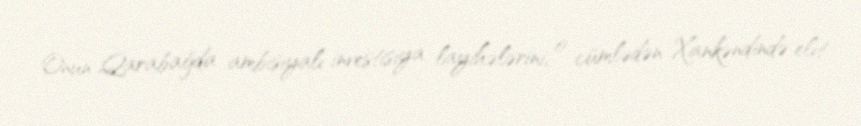
Onun Qarabağda ambisiyalı investisiya layihələrini, o cümlədən Xankəndində elit